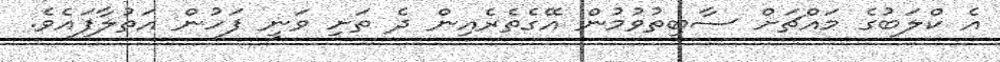
އެ ކްލަބުގެ މައްޗަށް ސާބިތުވުމުން އޭގެތެރެއިން ދެ ތަށި ވަނީ ފަހުން އަތުލާފައެވެ.